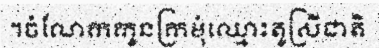
។ចំណែកកូនក្រមុំឈ្មោះតូស្រីជាតិ